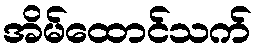
အိမ်ထောင်သက်